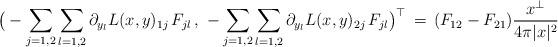
LaTeX: \begin{align*}\big (- \sum_{j=1,2} \sum_{l=1,2} \partial_{y_l} L (x,y) _{1j} \, F_{jl}\,, \, \, - \sum_{j=1,2} \sum_{l=1,2} \partial_{y_l} L (x,y) _{2j} \, F_{jl} \big )^\top \, = \, (F_{12}-F_{21})\frac{x^\bot}{4\pi |x|^2}\end{align*}